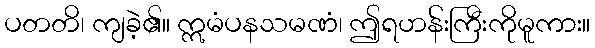
ပတတိ၊ ကျခဲ့၏။ ဣမံပနသမဏံ၊ ဤရဟန်းကြီးကိုမူကား။